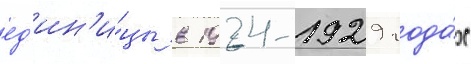
ед'ин'и́цы в 1924-1929 года́х